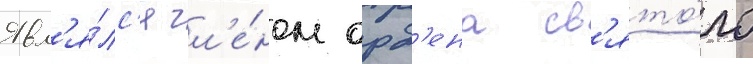
Явл'я́лс'я чл'е́ном орд'ена св'ято́го